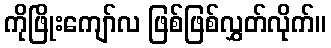
ကိုဖြိုးကျော်လ ဖြစ်ဖြစ်လွှတ်လိုက်။